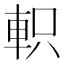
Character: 軹